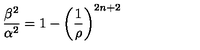
\frac { \beta ^ { 2 } } { \alpha ^ { 2 } } = 1 - \left( \frac { 1 } { \rho } \right) ^ { 2 n + 2 }